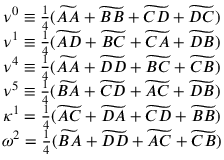
\begin{array} { c c } { \nu ^ { 0 } \equiv \frac { 1 } { 4 } ( \widetilde { A A } + \widetilde { B B } + \widetilde { C D } + \widetilde { D C } ) } \\ { \nu ^ { 1 } \equiv \frac { 1 } { 4 } ( \widetilde { A D } + \widetilde { B C } + \widetilde { C A } + \widetilde { D B } ) } \\ { \nu ^ { 4 } \equiv \frac { 1 } { 4 } ( \widetilde { A A } + \widetilde { D D } + \widetilde { B C } + \widetilde { C B } ) } \\ { \nu ^ { 5 } \equiv \frac { 1 } { 4 } ( \widetilde { B A } + \widetilde { C D } + \widetilde { A C } + \widetilde { D B } ) } \\ { \kappa ^ { 1 } = \frac { 1 } { 4 } ( \widetilde { A C } + \widetilde { D A } + \widetilde { C D } + \widetilde { B B } ) } \\ { \omega ^ { 2 } = \frac { 1 } { 4 } ( \widetilde { B A } + \widetilde { D D } + \widetilde { A C } + \widetilde { C B } ) } \end{array}